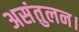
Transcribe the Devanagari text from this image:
असंतुलन।